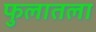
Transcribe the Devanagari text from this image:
फुलातला